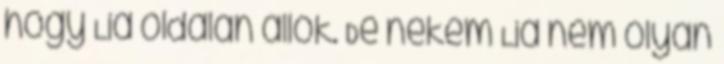
hogy Lia oldalán állok. De nekem Lia nem olyan